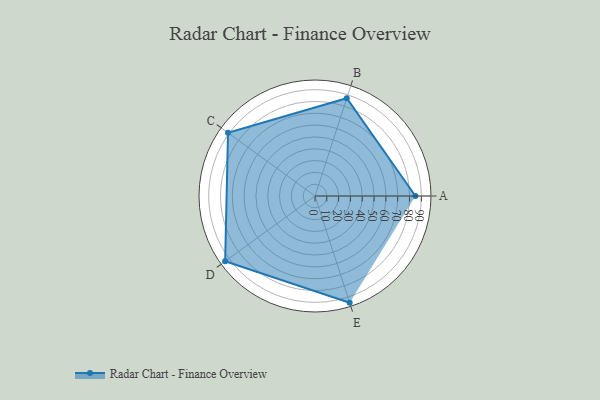
{"axis": {"x": "Skill", "y": "Score"}, "legend": ["Profile"], "data": [{"x": "A", "y": 85.0, "type": "Profile"}, {"x": "B", "y": 87.0, "type": "Profile"}, {"x": "C", "y": 91.0, "type": "Profile"}, {"x": "D", "y": 94.0, "type": "Profile"}, {"x": "E", "y": 95.0, "type": "Profile"}]}